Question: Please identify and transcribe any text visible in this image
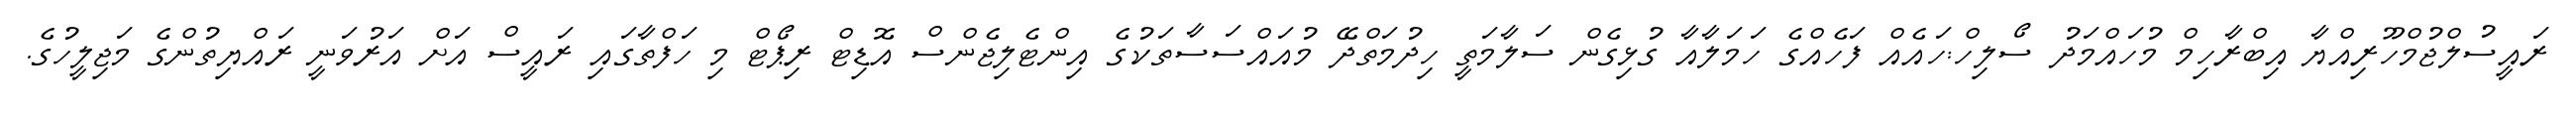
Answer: ރައީސުލްޖުމްހޫރިއްޔާ އިބްރާހިމް މުހައްމަދު ސޯލިހް:ހައެއް ފަހެއްގެ ހަމަލާއާ ގުޅިގެން ސަލާމަތީ ހިދުމަތްދޭ މުއައްސަސާތަކުގެ އިންޓެލިޖެންސް އޮޑިޓް ރިޕޯޓް މި ހަފްތާގައި ރައީސް އަށް އަރުވަނީ ރައްޔިތުންގެ މަޖިލީހުގެ.